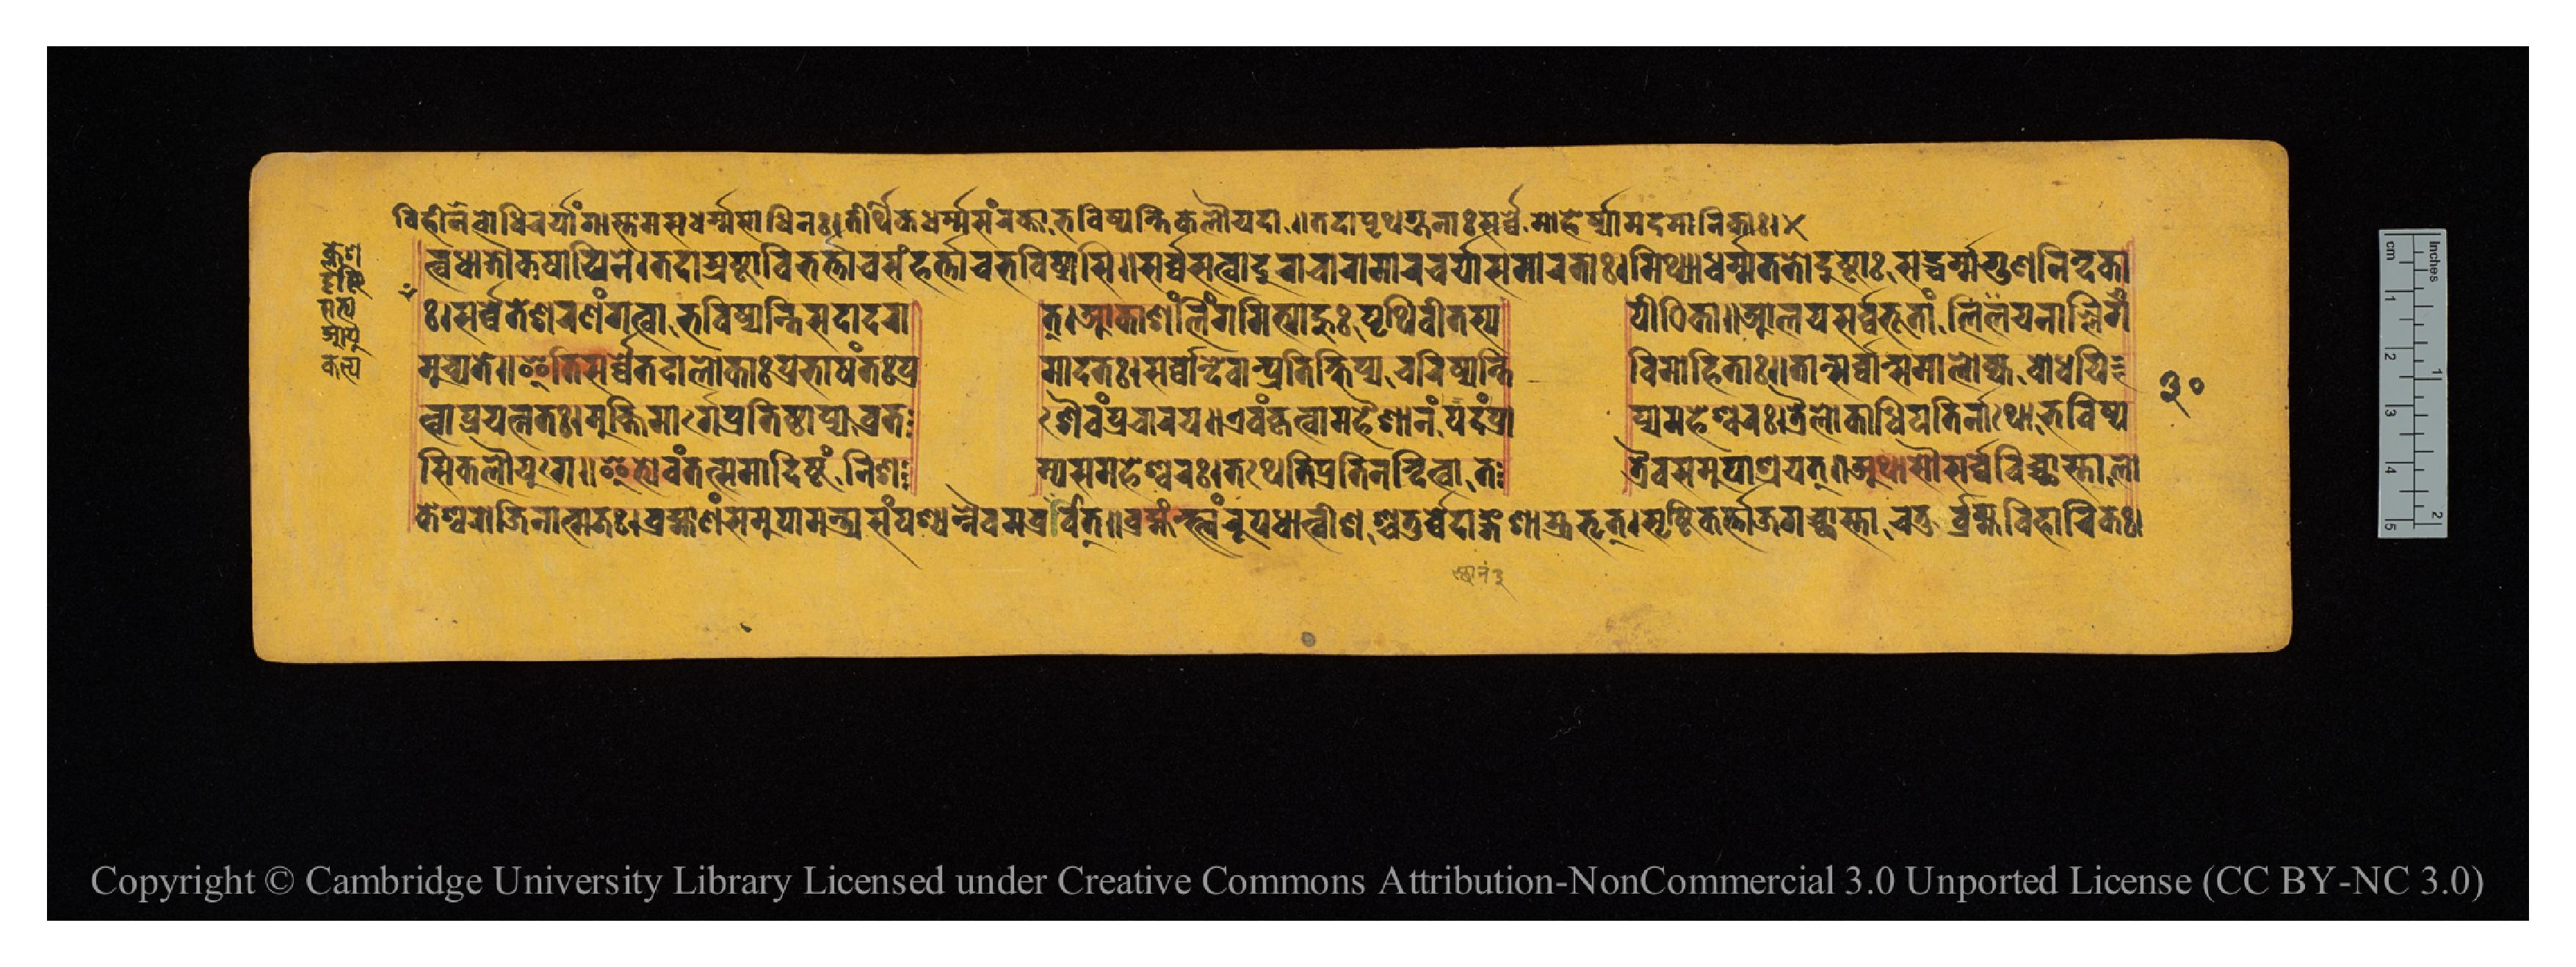
𑐰𑐶𑐴𑐷𑐣𑐧𑑀𑐢𑐶𑐔𑐬𑑂𑐫𑐵𑑄𑐐𑐵𑐳𑑂𑐟𑐵𑐩𑐳𑐢𑐬𑑂𑐩𑑂𑐩𑐳𑐵𑐢𑐶𑐣𑑅𑑋𑐟𑐷𑐬𑑂𑐠𑐶𑐎𑐢𑐬𑑂𑐩𑑂𑐩𑐳𑑄𑐬𑐎𑑂𑐟𑐵𑐨𑐰𑐶𑐲𑑂𑐫𑐣𑑂𑐟𑐶𑐎𑐮𑑁𑐫𑐡𑐵𑑌𑐟𑐡𑐵𑐥𑐺𑐠𑐐𑑂𑐖𑐣𑐵𑑅𑐳𑐬𑑂𑐰𑑂𑐰𑐾𑐩𑑀𑐴𑐾𑐬𑑂𑐲𑑂𑐫𑐵𑐩𑐡𑐩𑐵𑐣𑐶𑐎𑐵𑑅𑑋 𑐢𑐵𑐟𑑁𑐎𑐲𑐵𑐫𑐶𑐣𑐾𑑋𑐟𑐡𑐵𑐳𑑂𑐬𑐲𑑂𑐚𑐵𑐰𑐶𑐨𑐬𑑂𑐟𑑂𑐟𑐵𑐔𑐳𑑄𑐴𑐬𑑂𑐟𑑂𑐟𑐵𑐔𑐨𑐰𑐶𑐲𑑂𑐫𑐳𑐶𑑌𑐳𑐬𑑂𑐰𑑂𑐰𑐳𑐟𑑂𑐰𑐵𑐡𑐸𑐬𑐵𑐔𑐵𑐬𑐵𑐩𑐵𑐬𑐔𑐬𑑂𑐫𑐵𑐳𑐩𑐵𑐬𑐟𑐵𑑅𑑋𑐩𑐶𑐠𑑂𑐫𑐵𑐢𑐬𑑂𑐩𑑂𑐩𑐐𑐟𑐵𑐡𑐸𑐲𑑂𑐚𑐵𑐳𑐡𑑂𑐢𑐬𑑂𑐩𑑂𑐩𑐐𑐸𑐞𑐣𑐶𑐣𑑂𑐡𑐎𑐵 𑑅𑑋𑐳𑐬𑑂𑐰𑑂𑐰𑐾𑐟𑐾𑐱𑐬𑐞𑑄𑐐𑐟𑑂𑐰𑐵𑐨𑐖𑐶𑐲𑑂𑐫𑐣𑑂𑐟𑐶𑐳𑐡𑐵𑐡𑐬𑐵  𑐟𑑂𑑌𑐁𑐎𑐵𑐱𑑄𑐮𑐶𑑄𑐐𑐩𑐶𑐟𑑂𑐫𑐵𑐴𑐸𑑅𑐥𑐺𑐠𑐶𑐰𑐷𑐟𑐳𑑂𑐫  𑐥𑐷𑐛𑐶𑐎𑐵𑑌𑐁𑐮𑐫𑑅𑐳𑐬𑑂𑐰𑑂𑐰𑐨𑐹𑐟𑐵𑐣𑐵𑑄𑐮𑐷𑐫𑐣𑐵𑐮𑑂𑐮𑐶𑑄𑐐 𑐩𑐸𑐔𑑂𑐫𑐟𑐾𑑌𑐂𑐟𑐶𑐳𑐬𑑂𑐰𑑂𑐰𑐾𑐟𑐡𑐵𑐮𑑀𑐎𑐵𑑅𑐥𑑂𑐬𑐨𑐵𑐲𑐣𑑂𑐟𑑅𑐥𑑂𑐬  𑐩𑐵𑐡𑐟𑑅𑑋𑐳𑐬𑑂𑐰𑑂𑐰𑐵𑐣𑑂𑐡𑐾𑐰𑐵𑐣𑑂𑐥𑑂𑐬𑐟𑐶𑐎𑑂𑐲𑐶𑐥𑑂𑐫𑐔𑐬𑐶𑐲𑑂𑐫𑐣𑑂𑐟𑐶  𑐰𑐶𑐩𑑀𑐴𑐶𑐟𑐵𑑅𑑌𑐟𑐵𑐣𑑂𑐳𑐬𑑂𑐰𑑂𑐰𑐵𑐣𑑂𑐳𑐩𑐵𑐮𑑀𑐎𑑂𑐫𑐧𑑀𑐢𑐫𑐶 𑐟𑑂𑐰𑐵𑐥𑑂𑐬𑐫𑐟𑑂𑐣𑐟𑑅𑑋𑐩𑐸𑐎𑑂𑐟𑐶𑐩𑐵𑐬𑑂𑐐𑐾𑐥𑑂𑐬𑐟𑐶𑐲𑑂𑐛𑐵𑐥𑑂𑐫𑐰𑑂𑐬𑐟  𑐱𑐿𑐰𑑄𑐥𑑂𑐬𑐔𑐵𑐬𑐫𑑌𑐊𑐰𑑄𑐎𑐺𑐟𑑂𑐰𑐵𑐩𑐴𑐿𑐱𑐵𑐣𑑄𑐥𑐡𑑄𑐥𑑂𑐬𑐵  𑐥𑑂𑐫𑐩𑐴𑐾𑐱𑑂𑐰𑐬𑑅𑑋𑐟𑑂𑐬𑐿𑐮𑑀𑐎𑑂𑐫𑐵𑐢𑐶𑐥𑐟𑐶𑐬𑑂𑐣𑐵𑐠𑑀𑐨𑐰𑐶𑐲𑑂𑐫 𑐎𑐾𑐱𑑂𑐰𑐬𑑀𑐖𑐶𑐣𑐵𑐟𑑂𑐩𑐖𑑅𑑋𑐧𑑂𑐬𑐴𑑂𑐩𑐵𑐣𑑄𑐳𑐩𑐸𑐥𑐵𑐩𑐣𑑂𑐟𑑂𑐬𑑂𑐫𑐳𑑄𑐥𑐱𑑂𑐫𑐣𑑂𑐣𑐿𑐩𑐧𑑂𑐬𑐰𑐷𑐟𑑂𑑌𑐧𑑂𑐬𑐴𑑂𑐩𑐣𑑂𑐳𑑂𑐟𑑂𑐰𑑄𑐬𑐸𑐥𑐢𑐵𑐟𑑂𑐣𑐶𑐱𑐱𑑂𑐰𑐟𑐸𑐬𑑂𑐰𑐾𑐡𑐵𑑄𑐐𑐱𑐵𑐫𑐨𑐺𑐟𑑂𑑋𑐳𑐺𑐲𑑂𑐚𑐶𑐎𑐬𑑂𑐟𑐵𑐖𑐐𑐔𑑂𑐕𑐵𑐳𑑂𑐟𑐵𑐔𑐟𑐸𑐬𑑂𑐧𑑂𑐬𑐩𑑂𑐴𑐰𑐶𑐴𑐵𑐬𑐶𑐎𑑅𑑋 𑐳𑐶𑐎𑐮𑑁𑐫𑐸𑐐𑐾𑑌𑐂𑐟𑑂𑐫𑐾𑐰𑑄𑐟𑐟𑑂𑐳𑐩𑐵𑐡𑐶𑐲𑑂𑐚𑑄𑐣𑐶𑐱       𑐩𑑂𑐫𑐳𑐩𑐴𑐾𑐱𑑂𑐰𑐬𑑅𑑋𑐟𑐠𑐾𑐟𑐶𑐥𑑂𑐬𑐟𑐶𑐣𑐣𑑂𑐡𑐶𑐟𑑂𑐰𑐵𑐟  𑐟𑑂𑐬𑐿𑐰𑐳𑐩𑐸𑐥𑐵𑐱𑑂𑐬𑐫𑐟𑑂𑑌𑐀𑐠𑐵𑐳𑑁𑐳𑐬𑑂𑐰𑑂𑐰𑐰𑐶𑐔𑑂𑐕𑐵𑐳𑑂𑐟𑐵𑐮𑑀 𑑓𑑐